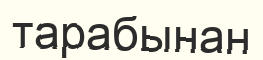
тарабынан